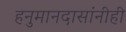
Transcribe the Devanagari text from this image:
हनुमानदासांनीही